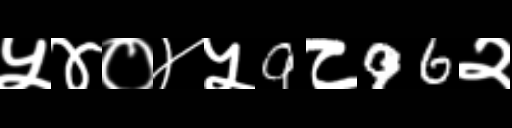
Text: ५४०४५9८96२